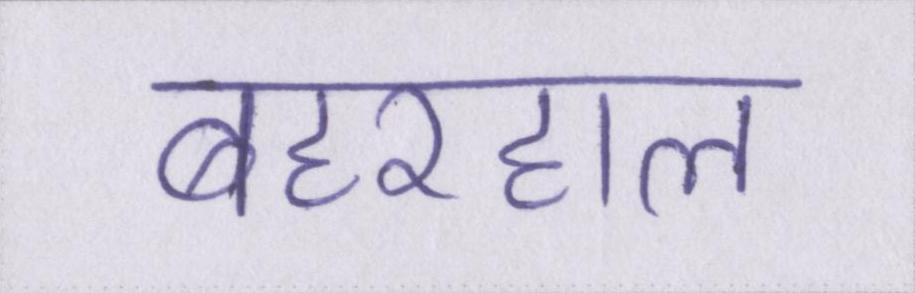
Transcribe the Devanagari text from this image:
बहरहाल